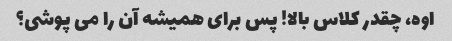
اوه، چقدر کلاس بالا! پس برای همیشه آن را می پوشی؟